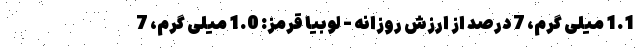
1.1 میلی گرم، 7 درصد از ارزش روزانه - لوبیا قرمز: 1.0 میلی گرم، 7